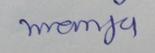
Signature authenticity: forged